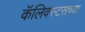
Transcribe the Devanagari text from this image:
कॅलिक्स्टसच्या